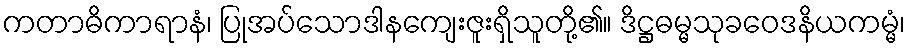
ကတာဓိကာရာနံ၊ ပြုအပ်သောဒါနကျေးဇူးရှိသူတို့၏။ ဒိဋ္ဌဓမ္မသုခဝေဒနိယကမ္မံ၊